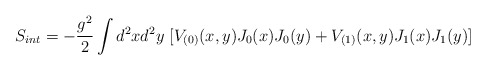
\begin{align*}S_{int} =-\frac{g^2}{2} \int d^2x d^2y ~ [V_{(0)}(x,y) J_0(x) J_0(y) +V_{(1)}(x,y) J_1(x) J_1 (y)] \end{align*}